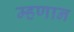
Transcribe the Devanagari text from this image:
म्हणान